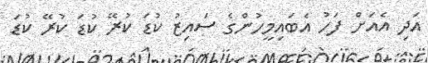
އަދި އެއަށް ފަހު އެބައިމީހުންގެ ސައިޒު ކުޑަ ކުރޭ ކުޑަ ކުރޭ ކުޑަ